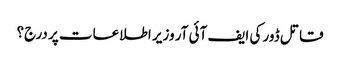
قاتل ڈور کی ایف آئی آر وزیر اطلاعات پر درج؟